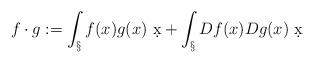
LaTeX: \begin{align*}f\cdot g := \int_\S f(x)g(x)\ \d x + \int_\S Df(x) Dg(x)\ \d x\end{align*}